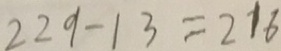
2 2 9 - 1 3 = 2 1 6